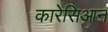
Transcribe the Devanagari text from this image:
कारेसिआन